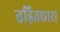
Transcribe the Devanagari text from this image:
तड़ितधारा